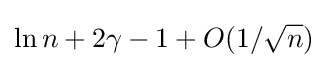
\ln n+2\gamma -1+O(1/{\sqrt {n}})